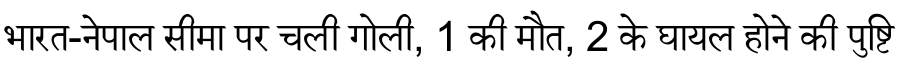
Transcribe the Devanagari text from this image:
भारत-नेपाल सीमा पर चली गोली, 1 की मौत, 2 के घायल होने की पुष्टि